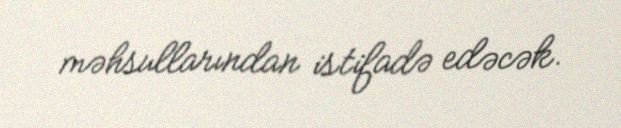
məhsullarından istifadə edəcək.